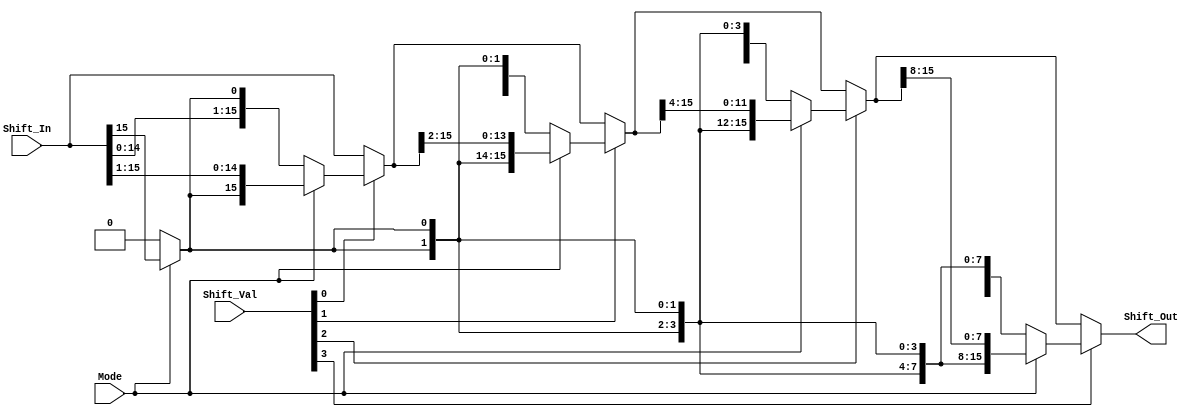
module Shifter (Shift_Out, Shift_In, Shift_Val, Mode);
  input [15:0] Shift_In;  
  input [3:0] Shift_Val;   
  input Mode;              
  output [15:0] Shift_Out; 

  //hold temporarily shifted register 
  wire[15:0] shft_1, shft_2, shft_3;
  wire MSB;

  //determines whether Mode: SLL = 0 or SRA = 1
  assign bit_concat = (Mode) ? Shift_In[15] : 1'b0;

  assign shft_1 = (Shift_Val[0]) ? ((Mode) ? {{1{bit_concat}}, Shift_In[15:1]} : {Shift_In[14:0], {1{bit_concat}}}) : Shift_In[15:0];
  assign shft_2 = (Shift_Val[1]) ? ((Mode) ? {{2{bit_concat}}, shft_1[15:2]} : {shft_1[13:0], {2{bit_concat}}}) : shft_1[15:0];
  assign shft_3 = (Shift_Val[2]) ? ((Mode) ? {{4{bit_concat}}, shft_2[15:4]} : {shft_2[11:0], {4{bit_concat}}}) : shft_2[15:0];
  assign Shift_Out = (Shift_Val[3]) ? ((Mode) ? {{8{bit_concat}}, shft_3[15:8]} : {shft_3[7:0], {8{bit_concat}}}) : shft_3[15:0];

endmodule